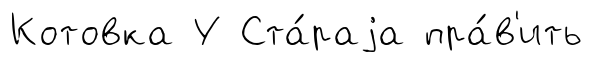
Котовка У Ста́раjа пра́в'ить